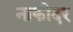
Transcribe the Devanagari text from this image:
नाकोदर